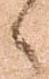
へ